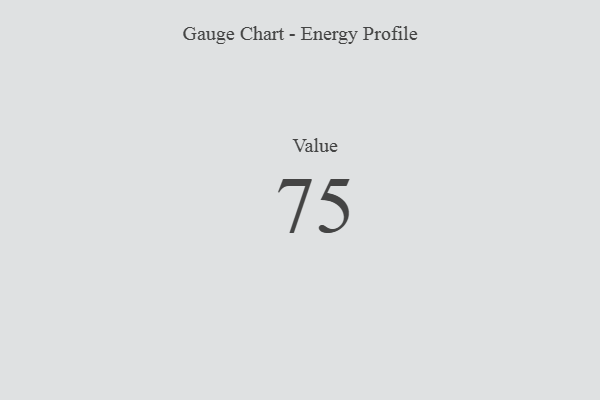
{"axis": {"x": "Metric", "y": "Value"}, "legend": [""], "data": [{"x": "Value", "y": 75, "type": ""}]}